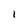
Character: I